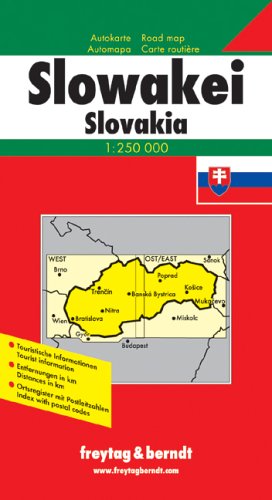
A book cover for Slovakia (Maps & Atlases) (English and German Edition); Fb; Travel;